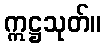
ဣဋ္ဌသုတ်။